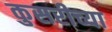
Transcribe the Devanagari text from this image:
कुसरीच्या